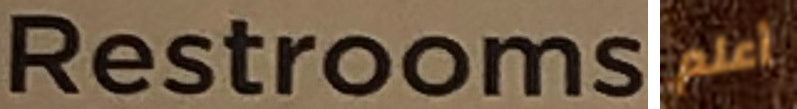
Restrooms أعلم